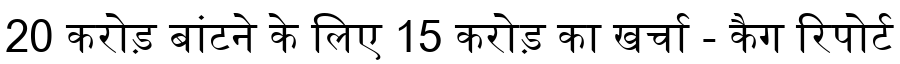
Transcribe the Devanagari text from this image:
20 करोड़ बांटने के लिए 15 करोड़ का खर्चा - कैग रिपोर्ट